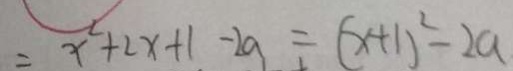
= x ^ { 2 } + 2 x + 1 - 2 a = ( x + 1 ) ^ { 2 } - 2 a